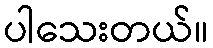
ပါသေးတယ်။